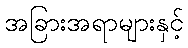
အခြားအရာများနှင့်